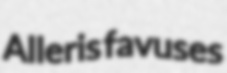
Alleris favuses